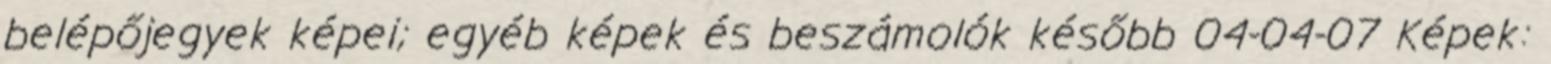
belépőjegyek képei; egyéb képek és beszámolók később 04-04-07 Képek: